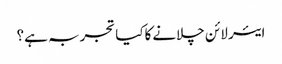
ایئر لائن چلانےکاکیا تجربہ ہے؟